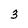
Character: 3